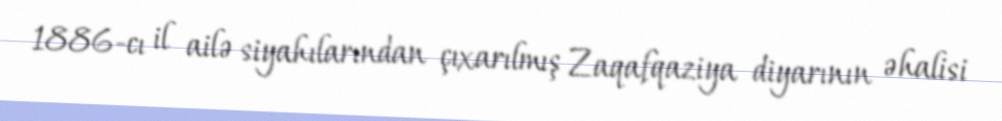
1886-cı il ailə siyahılarından çıxarılmış Zaqafqaziya diyarının əhalisi